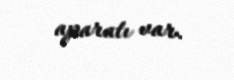
aparatı var.